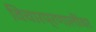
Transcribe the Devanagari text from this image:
विचारप्रणालींवर